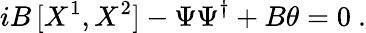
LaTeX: iB\, [X^{1},X^{2}]-\Psi\Psi^{\dagger}+B\theta=0~.